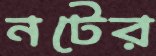
নটের